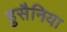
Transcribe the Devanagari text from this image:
हुसैनिया